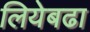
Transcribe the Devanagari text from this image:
लियेबढा